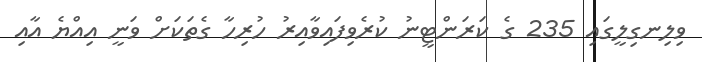
ވިލިނގިލީގައި 235 ގެ ކަރަންޓީނު ކުރެވިފައިވާއިރު ހުރިހާ ގެތަކަށް ވަނީ އިއްޔެ އާއި